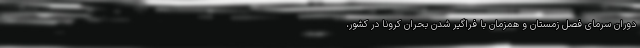
دوران سرمای فصل زمستان و همزمان با فراگیر شدن بحران کرونا در کشور،